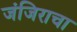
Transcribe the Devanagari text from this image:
जंजिराचा